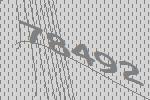
78492